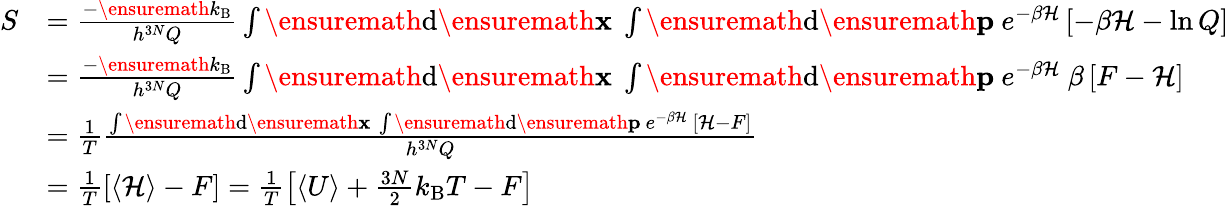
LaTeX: \begin{array}{rl}{S}&{=\frac{-\ensuremath{k_{\mathrm{B}}}}{h^{3N}Q}\int\ensuremath{\mathrm{d}}\ensuremath{\mathbf{x}}\ \int\ensuremath{\mathrm{d}}\ensuremath{\mathbf{p}}\ e^{-\beta\mathcal{H}}\left[-\beta\mathcal{H}-\ln Q\right]}\\ &{=\frac{-\ensuremath{k_{\mathrm{B}}}}{h^{3N}Q}\int\ensuremath{\mathrm{d}}\ensuremath{\mathbf{x}}\ \int\ensuremath{\mathrm{d}}\ensuremath{\mathbf{p}}\ e^{-\beta\mathcal{H}}\ \beta\left[F-\mathcal{H}\right]}\\ &{=\frac{1}{T}\frac{\int\ensuremath{\mathrm{d}}\ensuremath{\mathbf{x}}\ \int\ensuremath{\mathrm{d}}\ensuremath{\mathbf{p}}\ e^{-\beta\mathcal{H}}\ \left[\mathcal{H}-F\right]}{h^{3N}Q}}\\ &{=\frac{1}{T}\left[\left<\mathcal{H}\right>-F\right]=\frac{1}{T}\left[\left<U\right>+\frac{3N}{2}k_{\mathrm{B}}T-F\right]}\end{array}